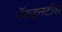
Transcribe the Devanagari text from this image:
मॅकइनटॉश